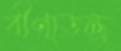
বীণাতন্ত্র